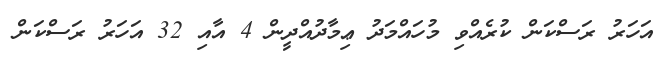
އަހަރު ރަސްކަން ކުރެއްވި މުހައްމަދު ޢިމާދުއްދީން 4 އާއި 32 އަހަރު ރަސްކަން